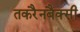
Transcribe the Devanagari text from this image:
तकरैनबैक्सी